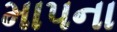
માપના